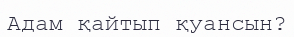
Адам қайтып қуансын?